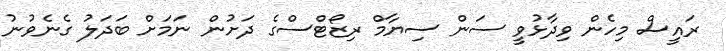
ރައީސް މިހެން ވިދާޅުވީ ސަން ސިޔާމް ރިޒޯޓްސްގެ ދަށުން ނަމަށް ބަދަލު ގެނެވުނު